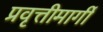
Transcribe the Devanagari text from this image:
प्रवृत्तीमार्गी